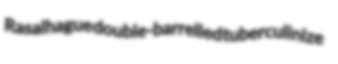
Rasalhague double-barrelled tuberculinize